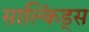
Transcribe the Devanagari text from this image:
साल्किंड्स